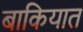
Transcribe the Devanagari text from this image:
बाकियात